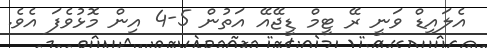
އެލައިޑް ވަނީ ރޭ ޓީމް ޑީޖޭއޭ އަތުން 5-4 އިން މޮޅުވެފަ އެވެ.